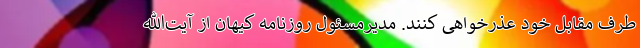
طرف مقابل خود عذرخواهی کنند. مدیرمسئول روزنامه کیهان از آیت‌الله